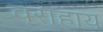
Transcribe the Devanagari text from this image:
वराहाय